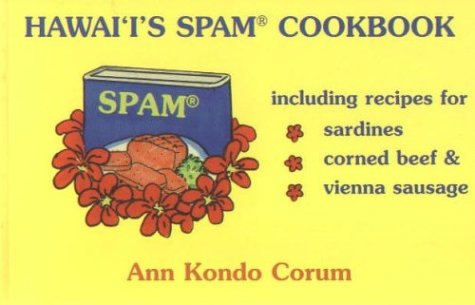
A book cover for Hawaii's Spam Cookbook; Ann Kondo Corum; Cookbooks, Food & Wine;